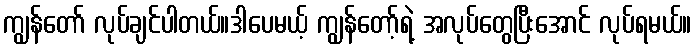
ကျွန်တော် လုပ်ချင်ပါတယ်။ဒါပေမယ့် ကျွန်တော့်ရဲ့ အလုပ်တွေပြီးအောင် လုပ်ရမယ်။